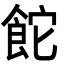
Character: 𮨻